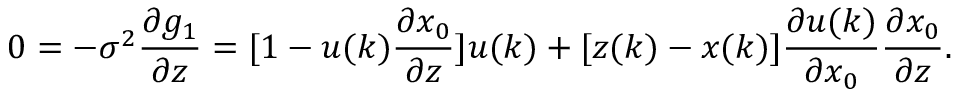
0 = - \sigma ^ { 2 } \frac { \partial g _ { 1 } } { \partial z } = [ 1 - u ( k ) \frac { \partial x _ { 0 } } { \partial z } ] u ( k ) + [ z ( k ) - x ( k ) ] \frac { \partial u ( k ) } { \partial x _ { 0 } } \frac { \partial x _ { 0 } } { \partial z } .